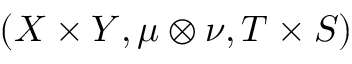
( X \times Y , \mu \otimes \nu , T \times S )